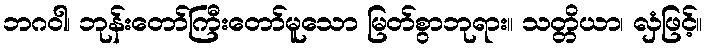
ဘဂဝါ၊ ဘုန်းတော်ကြီးတော်မူသော မြတ်စွာဘုရား။ သတ္တိယာ၊ လှံဖြင့်။